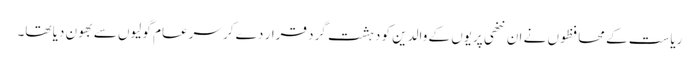
ریاست کے محافظوں نے ان ننھی پریوں کے والدین کو دہشت گرد قرار دے کر سرعام گولیوں سے بھون دیا تھا۔